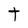
Character: t